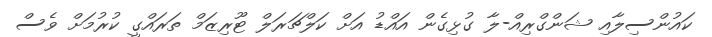
ކައުންސިލާއި ޝަންގްރިއް-ލާ ގުޅިގެން އައްޑު އަށް ކަލްޗަރަލް ޓޫރިޒަމް ތަރައްގީ ކުރުމަށް ވެސް